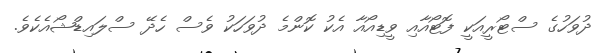
ދުވަހުގެ ސްޓޯރީއަކީ ފޮޓޯއާއި ވީޑިއޯއާ އެކު ކޮންމެ ދުވަހަކު ވެސް ހެދޭ ސްލައިޑްޝޯއެކެވެ.